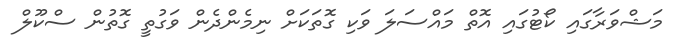
މަޝްވަރާގައި ކޯޓުގައި އޮތް މައްސަލަ ވަކި ގޮތަކަށް ނިމެންދެން ވަގުތީ ގޮތުން ސްކޫލް